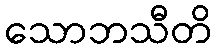
သောဘသီတိ